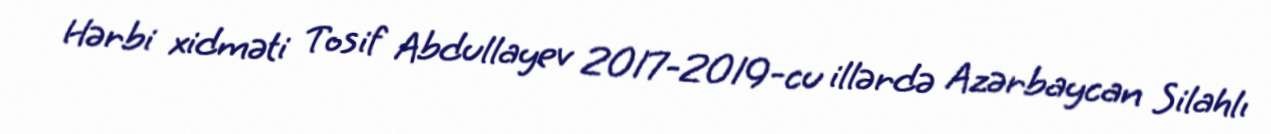
Hərbi xidməti Tosif Abdullayev 2017-2019-cu illərdə Azərbaycan Silahlı